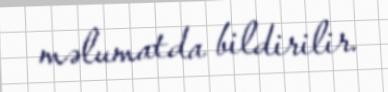
məlumatda bildirilir.